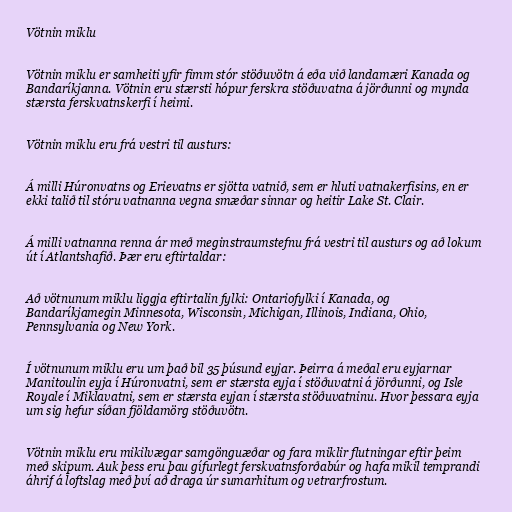
Vötnin miklu

Vötnin miklu er samheiti yfir fimm stór stöðuvötn á eða við landamæri Kanada og
Bandaríkjanna. Vötnin eru stærsti hópur ferskra stöðuvatna á jörðunni og mynda
stærsta ferskvatnskerfi í heimi.

Vötnin miklu eru frá vestri til austurs:

Á milli Húronvatns og Erievatns er sjötta vatnið, sem er hluti vatnakerfisins, en er
ekki talið til stóru vatnanna vegna smæðar sinnar og heitir Lake St. Clair.

Á milli vatnanna renna ár með meginstraumstefnu frá vestri til austurs og að lokum
út í Atlantshafið. Þær eru eftirtaldar:

Að vötnunum miklu liggja eftirtalin fylki: Ontariofylki í Kanada, og
Bandaríkjamegin Minnesota, Wisconsin, Michigan, Illinois, Indiana, Ohio,
Pennsylvania og New York.

Í vötnunum miklu eru um það bil 35 þúsund eyjar. Þeirra á meðal eru eyjarnar
Manitoulin eyja í Húronvatni, sem er stærsta eyja í stöðuvatni á jörðunni, og Isle
Royale í Miklavatni, sem er stærsta eyjan í stærsta stöðuvatninu. Hvor þessara eyja
um sig hefur síðan fjöldamörg stöðuvötn.

Vötnin miklu eru mikilvægar samgönguæðar og fara miklir flutningar eftir þeim
með skipum. Auk þess eru þau gífurlegt ferskvatnsforðabúr og hafa mikil temprandi
áhrif á loftslag með því að draga úr sumarhitum og vetrarfrostum.